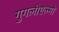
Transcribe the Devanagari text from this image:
गुगलीएल्मो